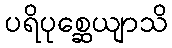
ပရိပုစ္ဆေယျာသိ